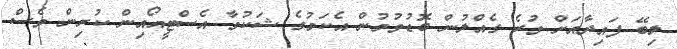
ލިބޭ ފައިދާއަށް ވުރެ ގެއްލުން ބޮޑުވުމުން އެކަމުގެ ޝަކުވާ އެސްޓީއޯއިން ކުރިން ވެސް